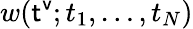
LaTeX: w({\sf t^{v}};t_{1},\dots,t_{N})